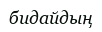
бидайдың